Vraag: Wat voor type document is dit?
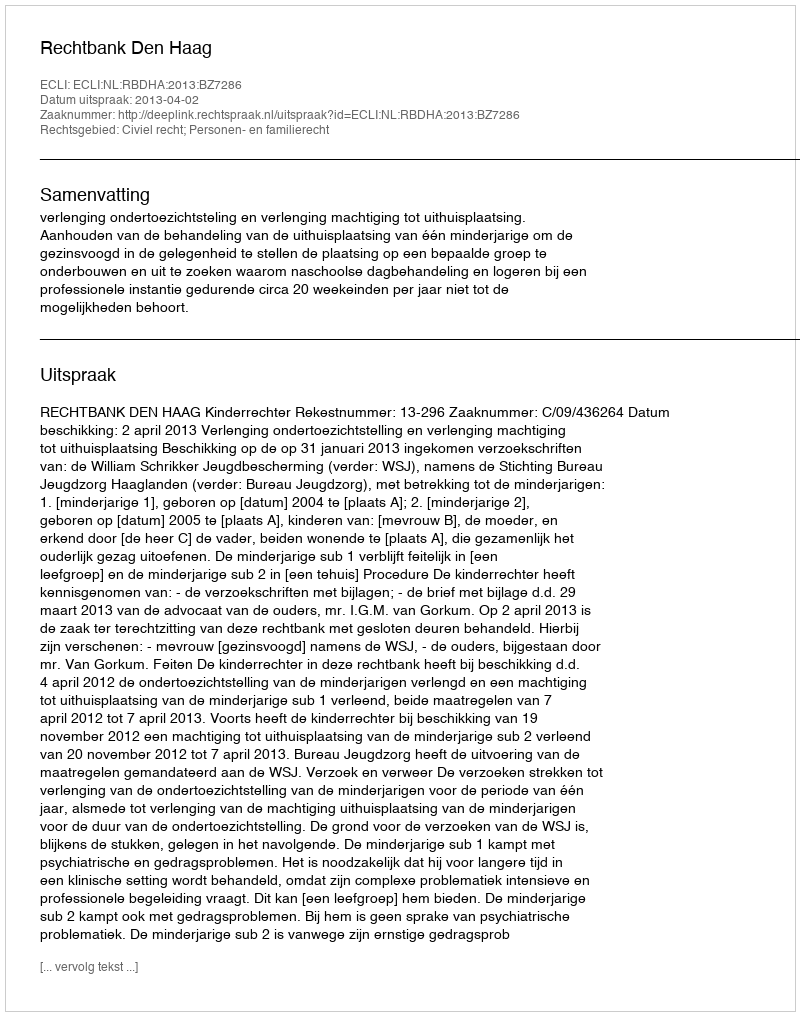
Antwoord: Uitspraak